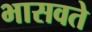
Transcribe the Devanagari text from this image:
भासवते